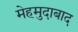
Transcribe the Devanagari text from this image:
मेहमुदाबाद